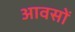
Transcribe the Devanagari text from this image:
आवसों